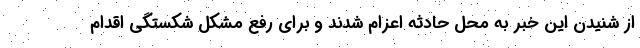
از شنیدن این خبر به محل حادثه اعزام شدند و برای رفع مشکل شکستگی اقدام